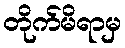
တိုက်မိရာမှ